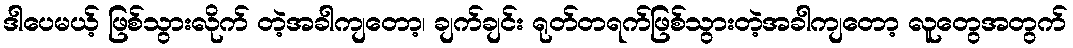
ဒါပေမယ့် ဖြစ်သွားလိုက် တဲ့အခါကျတော့၊ ချက်ချင်း ရုတ်တရက်ဖြစ်သွားတဲ့အခါကျတော့ လူတွေအတွက်